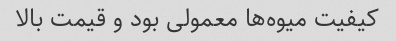
کیفیت میوه‌ها معمولی بود و قیمت بالا